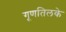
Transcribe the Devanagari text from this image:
गूणतिलके